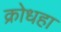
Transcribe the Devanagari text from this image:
क्रोधहा